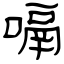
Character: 嗝